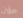
مؤن